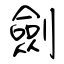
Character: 劍